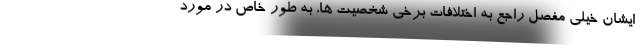
ایشان خیلی مفصل راجع به اختلافات برخی شخصیت ها، به طور خاص در مورد